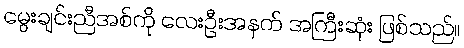
မွေးချင်းညီအစ်ကို လေးဦးအနက် အကြီးဆုံး ဖြစ်သည်။